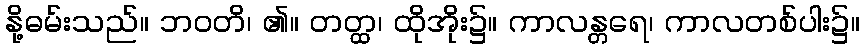
နို့ဓမ်းသည်။ ဘဝတိ၊ ၏။ တတ္ထ၊ ထိုအိုး၌။ ကာလန္တရေ၊ ကာလတစ်ပါး၌။